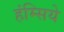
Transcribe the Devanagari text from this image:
हंम्सिये